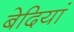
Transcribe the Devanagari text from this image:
बेदियां